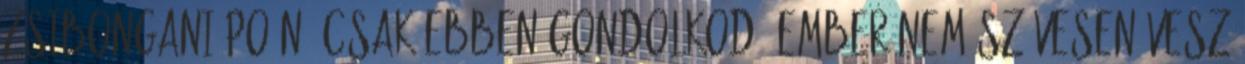
zsibongani poén, csak ebben gondolkodó ember nem szívesen vesz